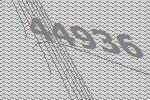
44936